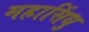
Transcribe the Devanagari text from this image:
महासिंधु